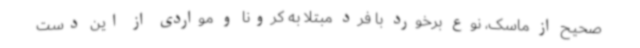
صحیح از ماسک، نوع برخورد با فرد مبتلا به کرونا و مواردی از این دست